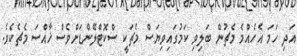
އަދި ހަމަ އެހެއްމެ މެޗުން ބަލިވި ކަމުގައިވިޔަސް މެޗަކީ ސްކޮޓްލޭންޑަށްވެސް ޚާއްސަ މެޗެކެެވެ.